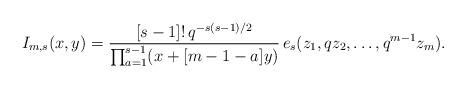
LaTeX: \begin{align*}I_{m, s}(x, y)=\frac{[s-1]!\,q^{-s(s-1)/2}}{\prod_{a=1}^{s-1}(x+[m-1-a]y)}\,e_{s}(z_{1}, qz_{2}, \ldots , q^{m-1}z_{m}). \end{align*}